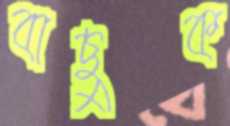
বাছুক